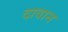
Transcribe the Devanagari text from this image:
दावान